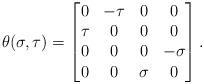
LaTeX: \begin{align*}\theta(\sigma,\tau)=\begin{bmatrix}0&-\tau&0&0\\\tau&0&0&0\\0&0&0&-\sigma\\0&0&\sigma&0\end{bmatrix}.\end{align*}